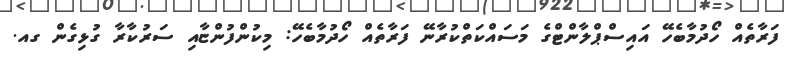
ފަރާތެއް ހޯދުމާބެހޭ އައިސްޕްލާންޓްގެ މަސައްކަތްކުރާނޭ ފަރާތެއް ހޯދުމާބެހޭ: މިކުންފުންޏާއި ސަރުކާރާ ގުޅިގެން ގއ.